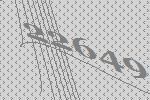
22649